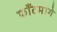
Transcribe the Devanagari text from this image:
फाँटमागे